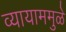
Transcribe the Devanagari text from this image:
व्यायाममुळे